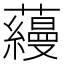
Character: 蘰